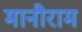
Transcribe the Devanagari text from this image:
मानीराम